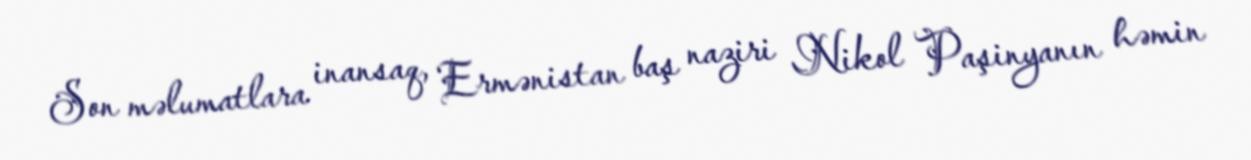
Son məlumatlara inansaq, Ermənistan baş naziri Nikol Paşinyanın həmin